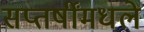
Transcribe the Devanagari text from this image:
सप्तर्षींमधले